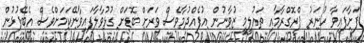
ފަށާފައިވާ ހުނަރު ޕްރޮގްރާމާއި ތައުލީމީ ޒުވާނުން އުފެއްދުމާވެސް ވަރަށް ބޮޑަށް ގުޅުވާލާފައިވާނޭކަމަށްވެސް އެބޭފުޅުން